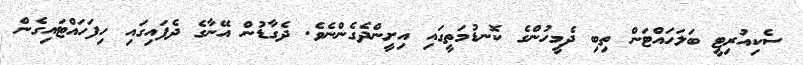
ސެކިއުރިޓީ ބަލަހައްޓަން ތިބި ދެމީހުންގެ ކޮނޑުމަތީގައި އިށީންދެގެންނެވެ. ދެގާޑުން އޭނާގެ ދެފައިގައި ހިފަހައްޓައިގެން